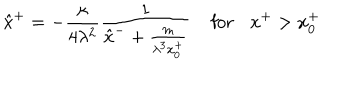
\hat { x } ^ { + } = - \frac { \kappa } { 4 \lambda ^ { 2 } } \frac { 1 } { \hat { x } ^ { - } + \frac { m } { \lambda ^ { 3 } x _ { 0 } ^ { + } } } \: \: \: \: \: \mathrm { f o r } \: \: \: \: x ^ { + } > x _ { 0 } ^ { + }